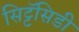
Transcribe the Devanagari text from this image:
सिट्टॅसिडी